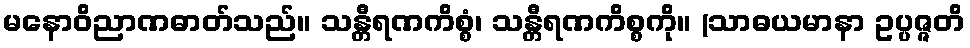
မနောဝိညာဏဓာတ်သည်။ သန္တီရဏကိစ္စံ၊ သန္တီရဏကိစ္စကို။ (သာဓယမာနာ ဥပ္ပဇ္ဇတိ